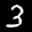
Label: 3